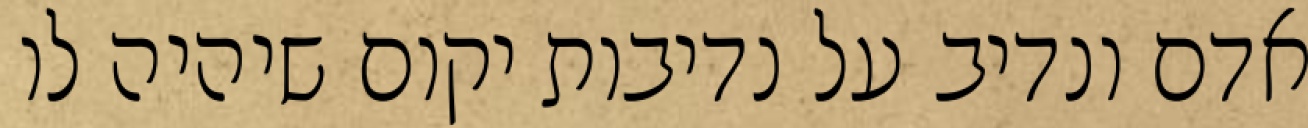
אדם ונדיב על נדיבות יקום שיהיה לו